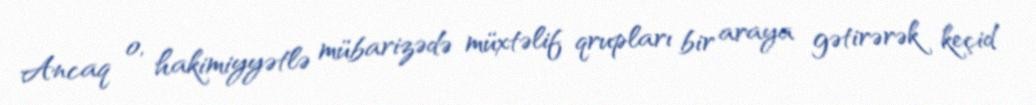
Ancaq o, hakimiyyətlə mübarizədə müxtəlif qrupları bir araya gətirərək keçid